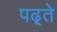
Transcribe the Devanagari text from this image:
पढ़्ते